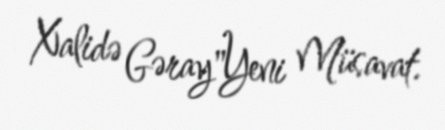
Xalidə Gəray"Yeni Müsavat.